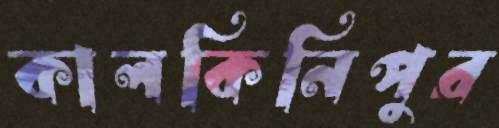
কালকিনিপুর